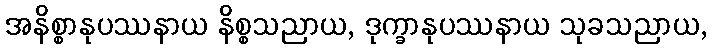
အနိစ္စာနုပဿနာယ နိစ္စသညာယ, ဒုက္ခာနုပဿနာယ သုခသညာယ,